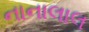
નાનાલાલ